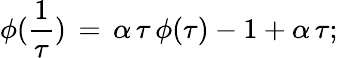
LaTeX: \phi(\frac{1}{\tau})\, =\, \alpha\, \tau\, \phi(\tau)-1+\alpha\, \tau;